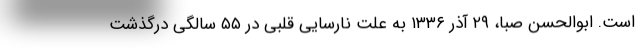
است. ابوالحسن صبا، ۲۹ آذر ۱۳۳۶ به علت نارسایی قلبی در ۵۵ سالگی درگذشت